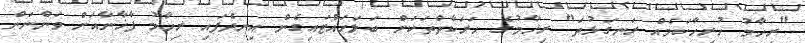
"ރިހާމު ހުރިހާކަމެއް ރަނގަޅުތަ" ރިހާމުގެ ހަރަކާތްތަކަށް ބަލަހައްޓައިގެން އިނދެފައި ރިހާމު ފާޚާނާއަށް ވަންނަން